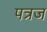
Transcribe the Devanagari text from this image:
पत्रज